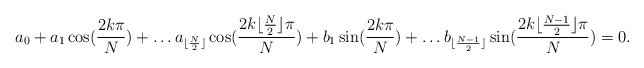
\begin{align*}a_0 + a_1\cos(\frac{2k\pi}{N}) + \dots a_{\lfloor \frac{N}{2} \rfloor} \cos(\frac{2k\lfloor \frac{N}{2} \rfloor\pi}{N}) + b_1 \sin(\frac{2k\pi}{N}) + \dots b_{\lfloor \frac{N-1}{2} \rfloor} \sin(\frac{2k\lfloor \frac{N-1}{2}\rfloor\pi}{N})= 0. \end{align*}